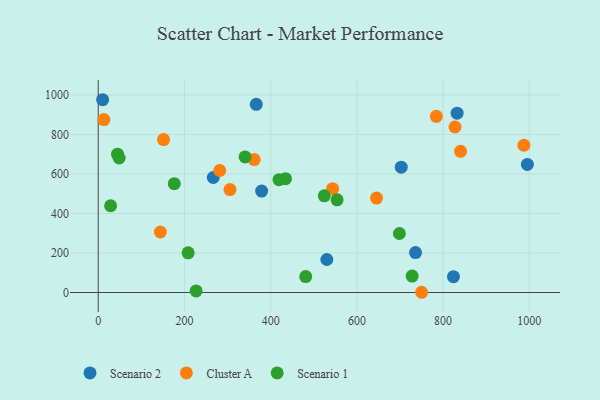
{"axis": {"x": "Study Hours", "y": "Yield"}, "legend": ["Cluster A", "Scenario 1", "Scenario 2"], "data": [{"x": "379.1", "y": 513.5, "type": "Scenario 2"}, {"x": "702.9", "y": 634.3, "type": "Scenario 2"}, {"x": "995.5", "y": 648.4, "type": "Scenario 2"}, {"x": "366.6", "y": 952.5, "type": "Scenario 2"}, {"x": "832.5", "y": 907.8, "type": "Scenario 2"}, {"x": "530.3", "y": 167.0, "type": "Scenario 2"}, {"x": "266.9", "y": 582.2, "type": "Scenario 2"}, {"x": "736.0", "y": 202.2, "type": "Scenario 2"}, {"x": "10.2", "y": 975.7, "type": "Scenario 2"}, {"x": "824.0", "y": 80.0, "type": "Scenario 2"}, {"x": "827.6", "y": 837.6, "type": "Cluster A"}, {"x": "361.8", "y": 672.9, "type": "Cluster A"}, {"x": "840.5", "y": 714.5, "type": "Cluster A"}, {"x": "144.1", "y": 306.2, "type": "Cluster A"}, {"x": "281.9", "y": 617.5, "type": "Cluster A"}, {"x": "13.1", "y": 875.0, "type": "Cluster A"}, {"x": "151.5", "y": 774.0, "type": "Cluster A"}, {"x": "784.3", "y": 891.8, "type": "Cluster A"}, {"x": "305.6", "y": 521.2, "type": "Cluster A"}, {"x": "543.7", "y": 525.3, "type": "Cluster A"}, {"x": "987.4", "y": 745.3, "type": "Cluster A"}, {"x": "750.1", "y": 1.2, "type": "Cluster A"}, {"x": "645.6", "y": 478.1, "type": "Cluster A"}, {"x": "481.3", "y": 80.5, "type": "Scenario 1"}, {"x": "419.4", "y": 571.3, "type": "Scenario 1"}, {"x": "28.7", "y": 439.0, "type": "Scenario 1"}, {"x": "434.4", "y": 575.9, "type": "Scenario 1"}, {"x": "227.1", "y": 8.2, "type": "Scenario 1"}, {"x": "524.4", "y": 489.2, "type": "Scenario 1"}, {"x": "340.6", "y": 686.1, "type": "Scenario 1"}, {"x": "698.6", "y": 298.6, "type": "Scenario 1"}, {"x": "554.1", "y": 468.9, "type": "Scenario 1"}, {"x": "176.4", "y": 550.9, "type": "Scenario 1"}, {"x": "48.5", "y": 680.7, "type": "Scenario 1"}, {"x": "728.2", "y": 83.3, "type": "Scenario 1"}, {"x": "208.6", "y": 200.9, "type": "Scenario 1"}, {"x": "44.8", "y": 699.9, "type": "Scenario 1"}]}